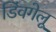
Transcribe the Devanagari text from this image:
डिंवगेलू